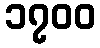
၁၇၀၀